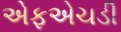
એફએચડી